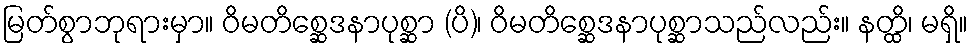
မြတ်စွာဘုရားမှာ။ ဝိမတိစ္ဆေဒနာပုစ္ဆာ (ပိ)၊ ဝိမတိစ္ဆေဒနာပုစ္ဆာသည်လည်း။ နတ္ထိ၊ မရှိ။